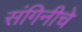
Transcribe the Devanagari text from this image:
संगिनीचे